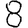
Digit: 8